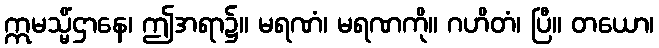
ဣမသ္မိံဌာနေ၊ ဤအရာ၌။ မရဏံ၊ မရဏကို။ ဂဟိတံ၊ ပြီ။ တယော၊